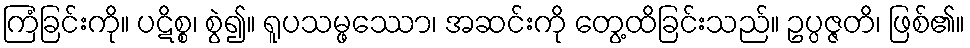
ကြံခြင်းကို။ ပဋိစ္စ၊ စွဲ၍။ ရူပသမ္ဖဿော၊ အဆင်းကို တွေ့ထိခြင်းသည်။ ဥပ္ပဇ္ဇတိ၊ ဖြစ်၏။